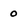
Character: 0